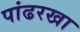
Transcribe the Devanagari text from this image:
पांढरखा